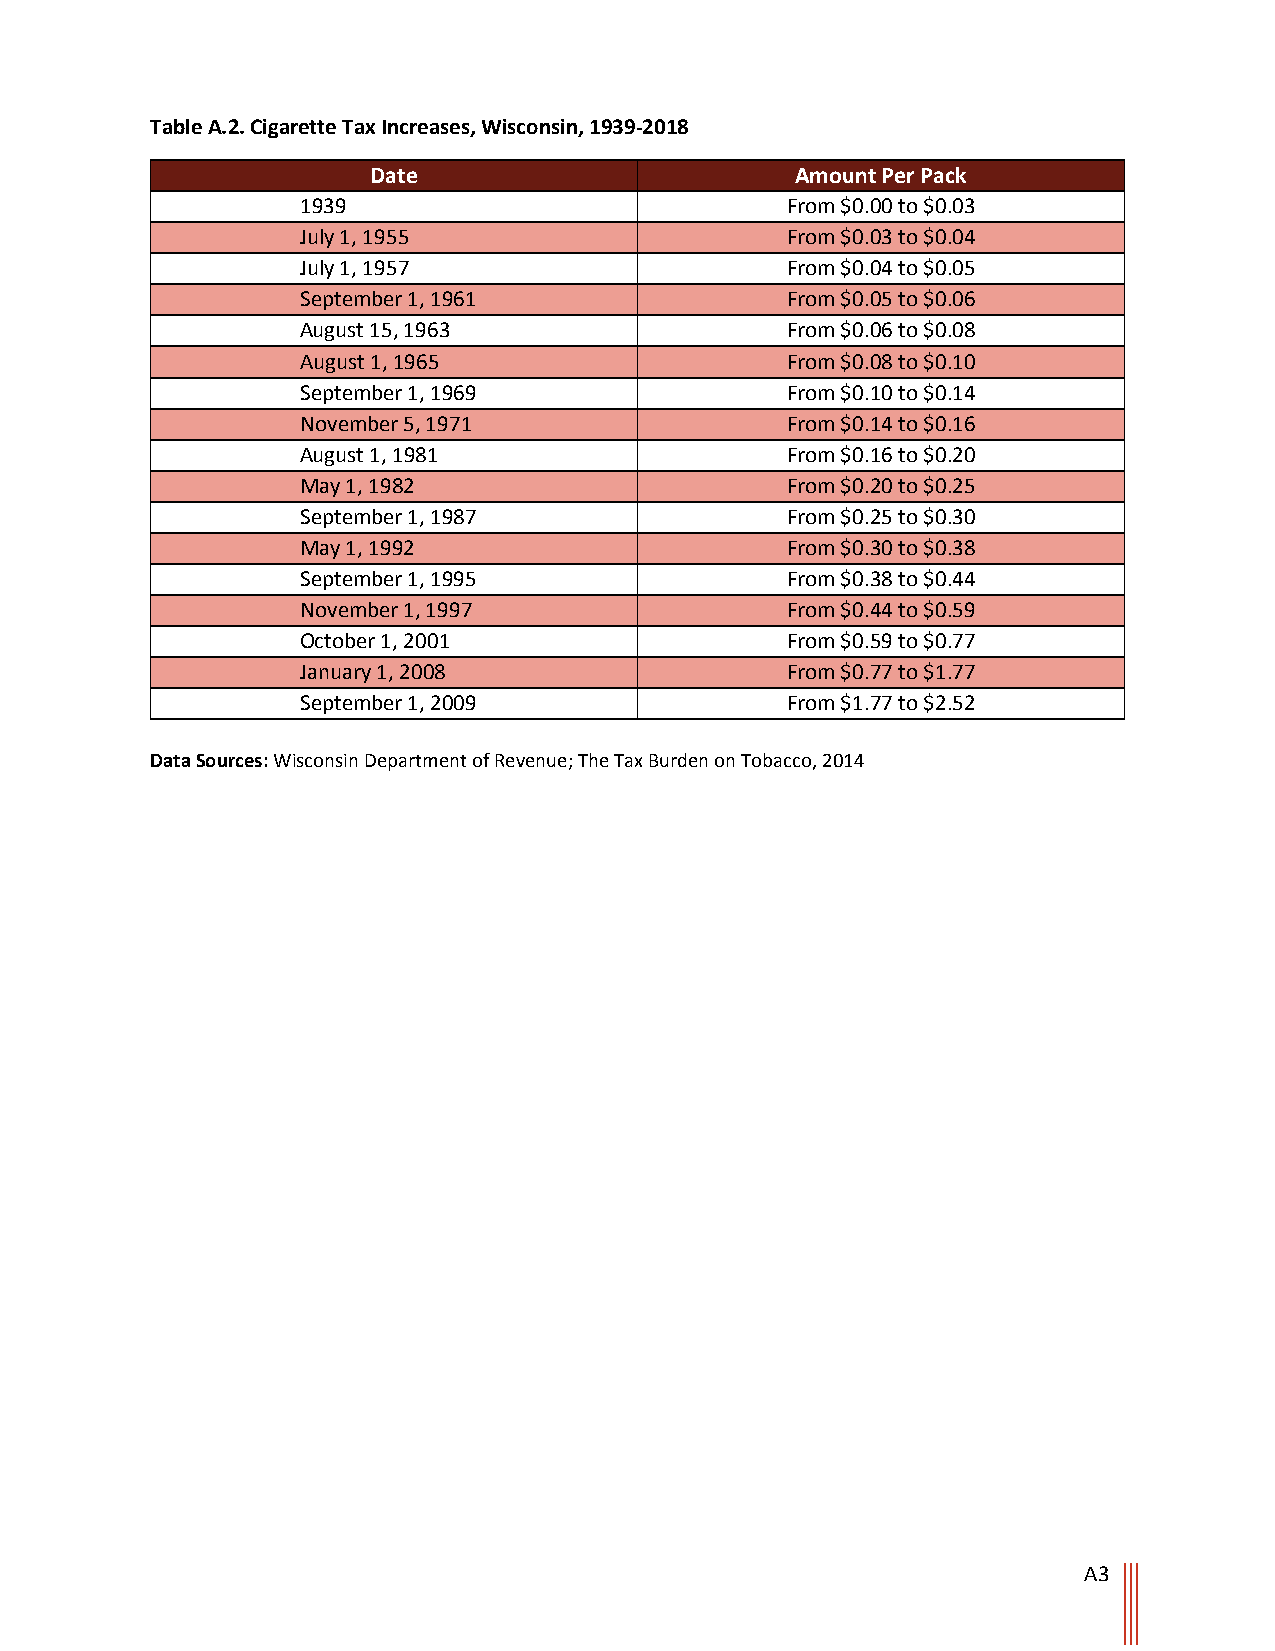
Table A.2. Cigarette Tax Increases, Wisconsin, 1939-2018
 Date                        Amount Per Pack
 1939                            From $0.00 to $0.03
 July 1, 1955                    From $0.03 to $0.04
 July 1, 1957                    From $0.04 to $0.05
 September 1, 1961               From $0.05 to $0.06
 August 15, 1963                 From $0.06 to $0.08
 August 1, 1965                  From $0.08 to $0.10
 September 1, 1969               From $0.10 to $0.14
 November 5, 1971                From $0.14 to $0.16
 August 1, 1981                  From $0.16 to $0.20
 May 1, 1982                     From $0.20 to $0.25
 September 1, 1987               From $0.25 to $0.30
 May 1, 1992                     From $0.30 to $0.38
 September 1, 1995               From $0.38 to $0.44
 November 1, 1997                From $0.44 to $0.59
 October 1, 2001                 From $0.59 to $0.77
 January 1, 2008                 From $0.77 to $1.77
 September 1, 2009               From $1.77 to $2.52
 Data Sources: Wisconsin Department of Revenue; The Tax Burden on Tobacco, 2014
 A3